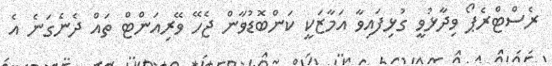
ރެސްޓްރެޕޯ ވިދާޅުވީ ގުޅިފައިވާ އަމާޒަކީ ކަންބޮޑުވާން ޖެހޭ ވޭރިއަންޓް ތައް ދެނެގަނެ އެ